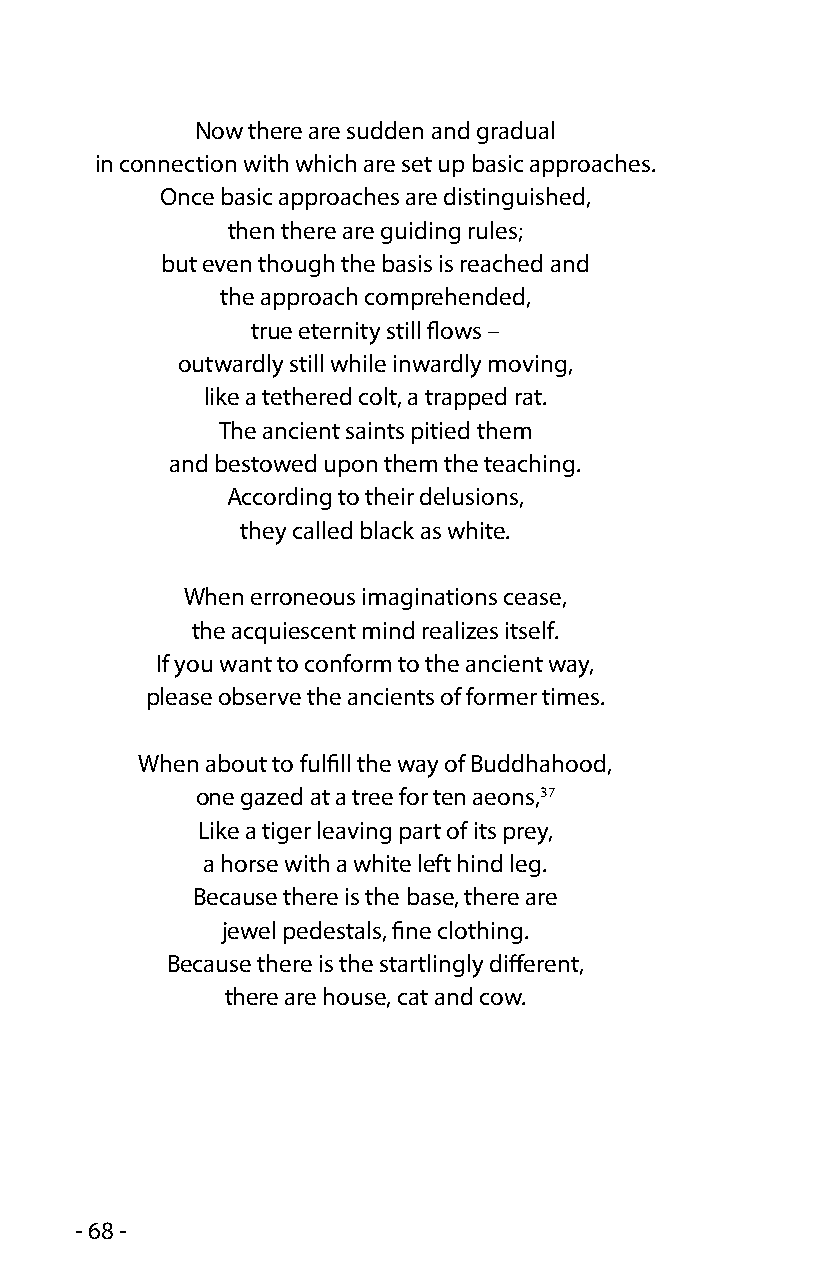
Now there are sudden and gradual
 in connection with which are set up basic approaches.
 Once basic approaches are distinguished,
 then there are guiding rules;
 but even though the basis is reached and
 the approach comprehended,
 true eternity still flows –
 outwardly still while inwardly moving,
 like a tethered colt, a trapped rat.
 The ancient saints pitied them
 and bestowed upon them the teaching.
 According to their delusions,
 they called black as white.
 When erroneous imaginations cease,
 the acquiescent mind realizes itself.
 If you want to conform to the ancient way,
 please observe the ancients of former times.
 When about to fulfill the way of Buddhahood,
 one gazed at a tree for ten aeons,37
 Like a tiger leaving part of its prey,
 a horse with a white left hind leg.
 Because there is the base, there are
 jewel pedestals, fine clothing.
 Because there is the startlingly different,
 there are house, cat and cow.
 - 68 -